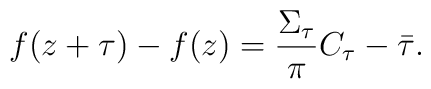
f(z+\tau)-f(z)=\frac{\Sigma _{\tau}}{\pi} C_{\tau}-\bar{\tau}.